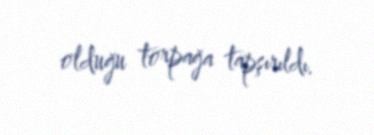
olduğu torpağa tapşırıldı.